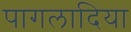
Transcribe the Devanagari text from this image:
पागलादिया